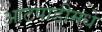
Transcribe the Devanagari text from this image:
आटपाडीमधे